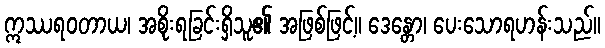
ဣဿရဝတာယ၊ အစိုးရခြင်းရှိသူ၏ အဖြစ်ဖြင့်။ ဒေန္တော၊ ပေးသောရဟန်းသည်။